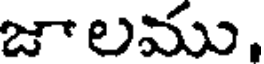
జాలము,